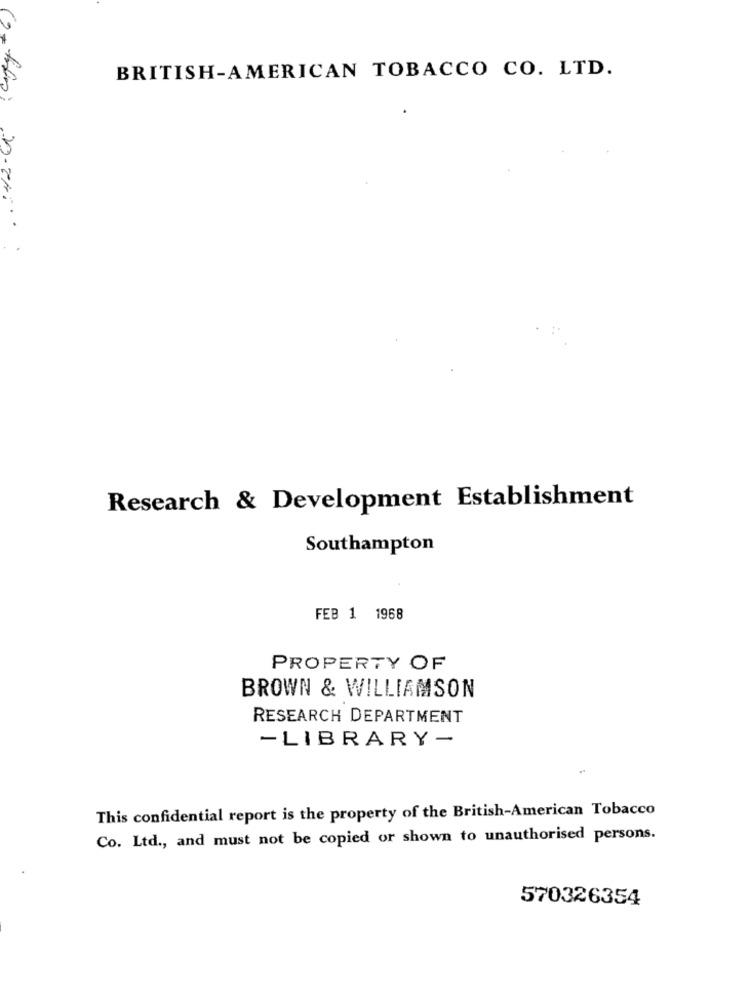
BRITISH-AMERICAN TOBACCO CO. LTD.
Research & Development Establishment
Southampton
FEB 1 1968
PROPERTY OF
BROWN & WILLIAMSON
RESEARCH DEPARTMENT
-LIBRARY-
This confidential report is the property of the British-American Tobacco
Co. Ltd ., and must not be copied or shown to unauthorised persons.
570326354